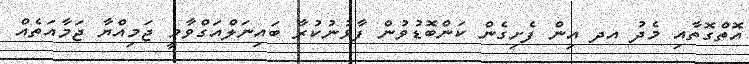
އޮތްގޮތާއި މެދު އދ އިން ފެށިގެން ކަންބޮޑުވުން ފާޅުނުކުރާ ބައިނަލްއަގްވާމީ ޖަމިއްޔާ ޖަމާއަތެއް